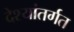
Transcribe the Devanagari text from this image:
देश्यांतर्गत